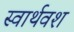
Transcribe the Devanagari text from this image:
स्वार्थवश